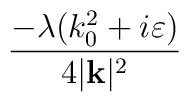
\frac{-\lambda (k_{0}^{2}+i\varepsilon )}{4|\mathbf{k}|^{2}}